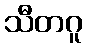
သီတဂူ